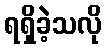
ရရှိခဲ့သလို